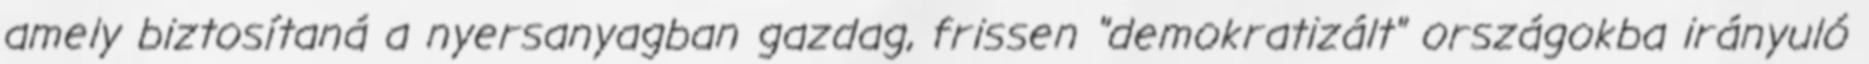
amely biztosítaná a nyersanyagban gazdag, frissen "demokratizált" országokba irányuló